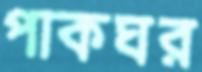
পাকঘর